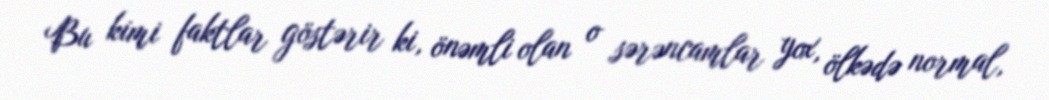
Bu kimi faktlar göstərir ki, önəmli olan o sərəncamlar yox, ölkədə normal,